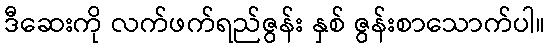
ဒီဆေးကို လက်ဖက်ရည်ဇွန်း နှစ် ဇွန်းစာသောက်ပါ။